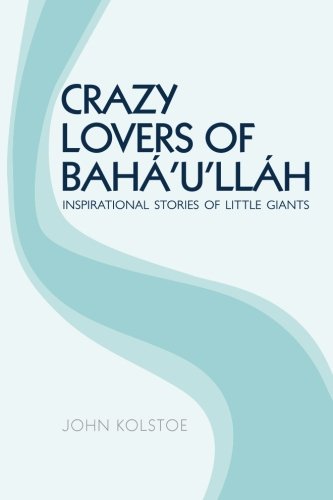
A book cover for Crazy Lovers of BahÃ¡'u'llÃ¡h: Inspirational Stories of Little Giants; John Kolstoe; Religion & Spirituality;